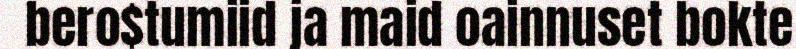
bero$tumiid ja maid oainnuset bokte